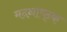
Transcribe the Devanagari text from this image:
मदनाष्ठ्क